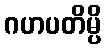
ဂဟပတိမ္ပိ